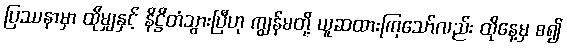
ပြဿနာမှာ ထိုမျှနှင့် နိဋ္ဌိတံသွားပြီဟု ကျွန်မတို့ ယူဆထားကြသော်လည်း ထိုနေ့မှ စ၍